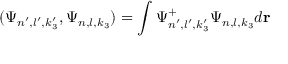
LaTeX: ( \Psi _ { n ^ { \prime } , l ^ { \prime } , k _ { 3 } ^ { \prime } } , \Psi _ { n , l , k _ { 3 } } ) = \int \Psi _ { n ^ { \prime } , l ^ { \prime } , k _ { 3 } ^ { \prime } } ^ { + } \Psi _ { n , l , k _ { 3 } } d { \bf r }